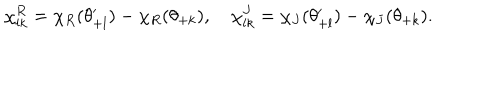
\chi _ { l k } ^ { R } = \chi _ { R } ( \theta _ { + l } ^ { \prime } ) - \chi _ { R } ( \theta _ { + k } ) , \quad \chi _ { l k } ^ { J } = \chi _ { J } ( \theta _ { + l } ^ { \prime } ) - \chi _ { J } ( \theta _ { + k } ) .